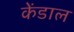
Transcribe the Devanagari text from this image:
केंडाल